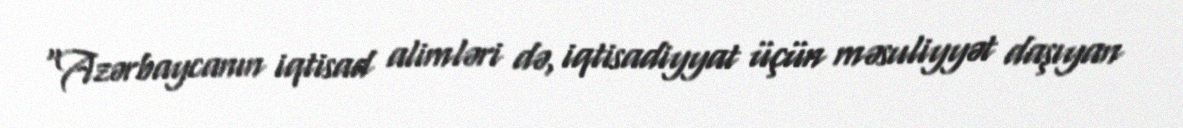
“Azərbaycanın iqtisad alimləri də, iqtisadiyyat üçün məsuliyyət daşıyan